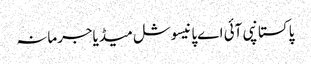
پاکستانپی آئی اےپانیسوشل میڈیاجرمانہ